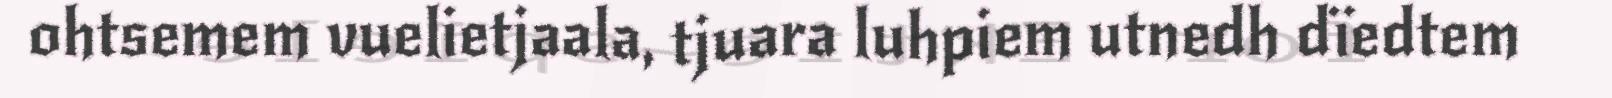
ohtsemem vuelietjaala, tjuara luhpiem utnedh dïedtem